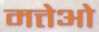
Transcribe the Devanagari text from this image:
मत्तेओ